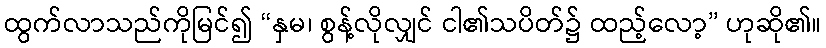
ထွက်လာသည်ကိုမြင်၍ “နှမ၊ စွန့်လိုလျှင် ငါ၏သပိတ်၌ ထည့်လော့” ဟုဆို၏။